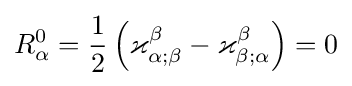
R_{\alpha }^{0}={\frac {1}{2}}\left(\varkappa _{\alpha ;\beta }^{\beta }-\varkappa _{\beta ;\alpha }^{\beta }\right)=0